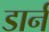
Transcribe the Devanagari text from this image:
डार्न